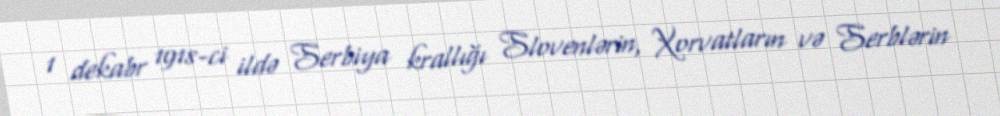
1 dekabr 1918-ci ildə Serbiya krallığı Slovenlərin, Xorvatların və Serblərin